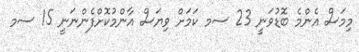
މިމަސް އެންމެ ބޮޑުވަނީ 23 ސމ ކަމަށް ވިޔަސް އާންމުކޮށްފެންނަނީ 15 ސމ